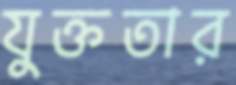
যুক্ততার